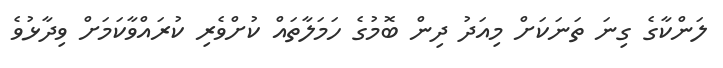
ލަންކާގެ ގިނަ ތަނަކަށް މިއަދު ދިން ބޮމުގެ ހަމަލާތައް ކުށްވެރި ކުރައްވާކަމަށް ވިދާޅުވެ